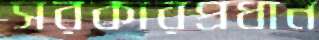
সরকারপ্রধান